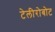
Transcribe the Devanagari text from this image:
टेलीरोबोट